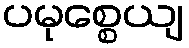
ပမုစ္စေယျ